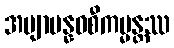
အဗျာပန္နဝစီကမ္မန္တဿ